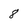
Character: 8